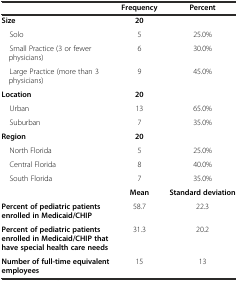
|  | Frequency | Percent |
 | --- | --- | --- |
 | Size | 20 |  |
 | Solo | 5 | 25.0% |
 | Small Practice (3 or fewer physicians) | 6 | 30.0% |
 | Large Practice (more than 3 physicians) | 9 | 45.0% |
 | Location | 20 |  |
 | Urban | 13 | 65.0% |
 | Suburban | 7 | 35.0% |
 | Region | 20 |  |
 | North Florida | 5 | 25.0% |
 | Central Florida | 8 | 40.0% |
 | South Florida | 7 | 35.0% |
 |  | Mean | Standard deviation |
 | Percent of pediatric patients enrolled in Medicaid/CHIP | 58.7 | 22.3 |
 | Percent of pediatric patients enrolled in Medicaid/CHIP that have special health care needs | 31.3 | 20.2 |
 | Number of full-time equivalent employees | 15 | 13 |